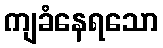
ကျခံနေရသော